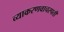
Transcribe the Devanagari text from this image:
व्याकरणवाचस्पती